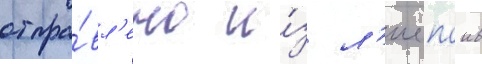
отпра́вл'ено и́з л'иепаи в